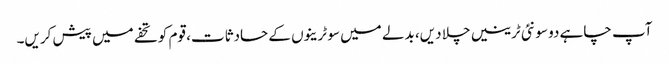
آپ چاہے دو سو نئی ٹرینیں چلا دیں، بدلے میں سو ٹرینوں کے حادثات، قوم کو تحفے میں پیش کریں۔